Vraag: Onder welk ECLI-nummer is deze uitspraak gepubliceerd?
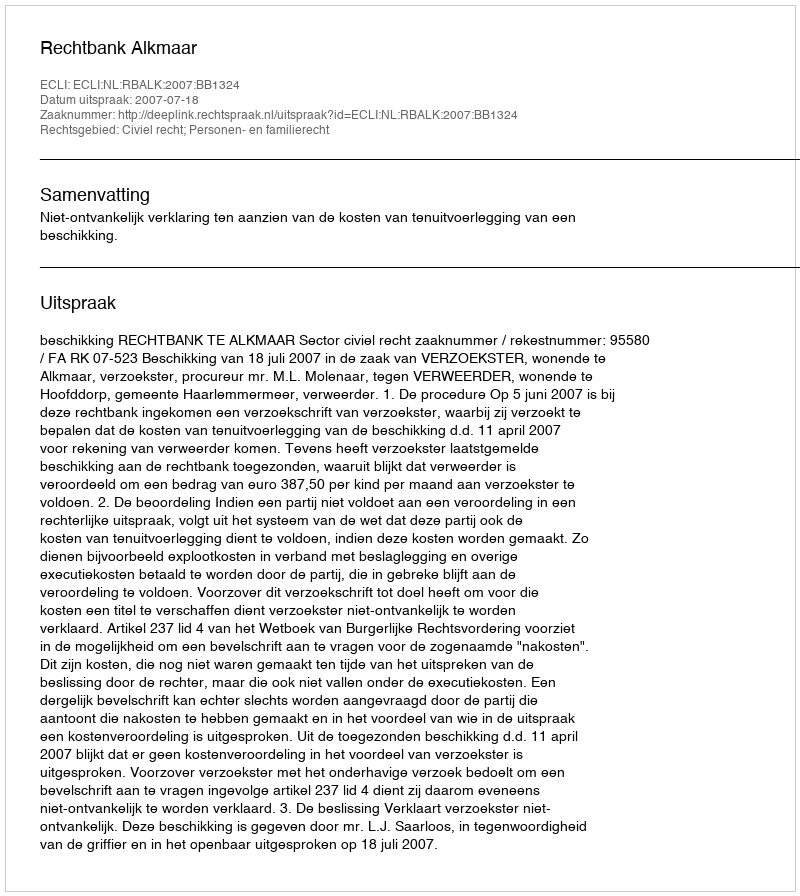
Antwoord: ECLI:NL:RBALK:2007:BB1324